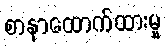
စာနာထောက်ထားမှု